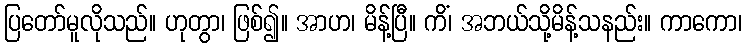
ပြတော်မူလိုသည်။ ဟုတွာ၊ ဖြစ်၍။ အာဟ၊ မိန့်ပြီ။ ကိံ၊ အဘယ်သို့မိန့်သနည်း။ ကာကော၊